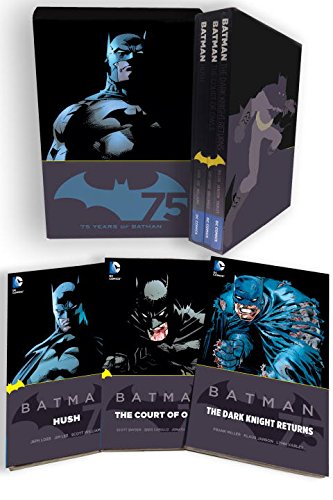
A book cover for Batman 75th Anniversary Box Set; Scott Snyder; Comics & Graphic Novels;